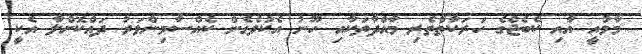
މާމުއީ އާއި ކެބެޖްގެ ހަރަކާތްތެރި މާއްދާތަކާއި ހޫނު އެކުވެގެން ކެއްސާމިންވަރު ދައްކޮށްލާ އެކީ